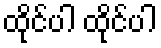
ထိုင်ပါ ထိုင်ပါ